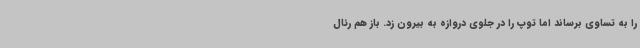
را به تساوی برساند اما توپ را در جلوی دروازه به بیرون زد. باز هم رئال